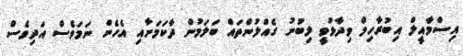
އިސްމާއީލް އިބުރާހިމް ވިދާޅުވީ ލިބުނު ގެއްލުންތައް ބަލަމުން ދާކަމަށާއި އެހެން ނަމަވެސް އަދިވެސް